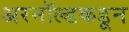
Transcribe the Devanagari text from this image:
अरनॉल्डकडून